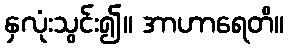
နှလုံးသွင်း၍။ အာဟာရေတိ။